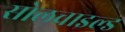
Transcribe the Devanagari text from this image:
सोलचाइल्ड